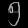
Digit: ၅